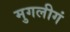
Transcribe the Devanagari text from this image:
मुगलीगं